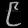
Digit: ၉